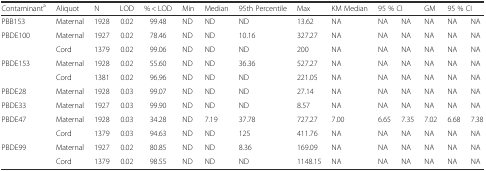
| Contaminanta | Aliquot | N | LOD | % < LOD | Min | Median | 95th Percentile | Max | KM Median | <COLSPAN=2> 95 % CI | GM | <COLSPAN=2> 95 % CI |
 | --- | --- | --- | --- | --- | --- | --- | --- | --- | --- | --- | --- | --- | --- | --- |
 | PBB153 | Maternal | 1928 | 0.02 | 99.48 | ND | ND | ND | 13.62 | NA | NA | NA | NA | NA | NA |
 | <ROWSPAN=2> PBDE100 | Maternal | 1927 | 0.02 | 78.46 | ND | ND | 10.16 | 327.27 | NA | NA | NA | NA | NA | NA |
 | Cord | 1379 | 0.02 | 99.06 | ND | ND | ND | 200 | NA | NA | NA | NA | NA | NA |
 | <ROWSPAN=2> PBDE153 | Maternal | 1928 | 0.02 | 55.60 | ND | ND | 36.36 | 527.27 | NA | NA | NA | NA | NA | NA |
 | Cord | 1381 | 0.02 | 96.96 | ND | ND | ND | 221.05 | NA | NA | NA | NA | NA | NA |
 | PBDE28 | Maternal | 1928 | 0.03 | 99.07 | ND | ND | ND | 27.14 | NA | NA | NA | NA | NA | NA |
 | PBDE33 | Maternal | 1927 | 0.03 | 99.90 | ND | ND | ND | 8.57 | NA | NA | NA | NA | NA | NA |
 | <ROWSPAN=2> PBDE47 | Maternal | 1928 | 0.03 | 34.28 | ND | 7.19 | 37.78 | 727.27 | 7.00 | 6.65 | 7.35 | 7.02 | 6.68 | 7.38 |
 | Cord | 1379 | 0.03 | 94.63 | ND | ND | 125 | 411.76 | NA | NA | NA | NA | NA | NA |
 | <ROWSPAN=2> PBDE99 | Maternal | 1927 | 0.02 | 80.85 | ND | ND | 8.36 | 169.09 | NA | NA | NA | NA | NA | NA |
 | Cord | 1379 | 0.02 | 98.55 | ND | ND | ND | 1148.15 | NA | NA | NA | NA | NA | NA |